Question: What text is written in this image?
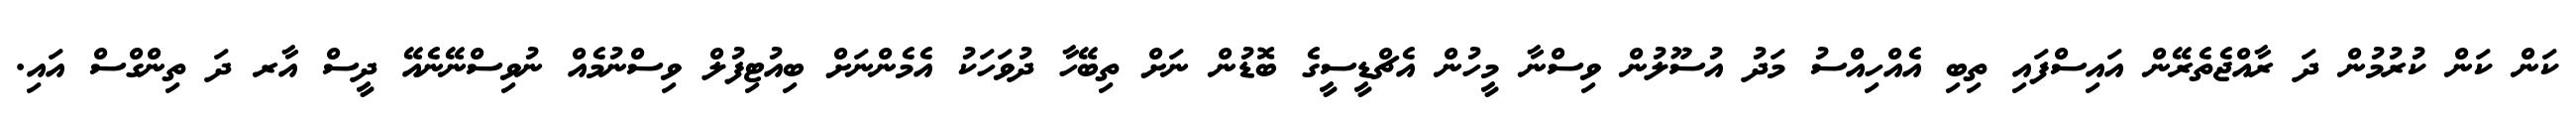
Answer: ކަން ކަން ކުރުމުން ދަ ރާއްޖެތެރޭން އައިސްފައި ތިބި އެއްހިއްސު މަދު އުސޫލުން ވިސްނާ މީހުން އެޗްޑީސީގެ ބޮޑުން ނަށް ތިބޭހާ ދުވަހަކު އެމެންނަށް ބިއުޓިފުލް ވިސްނުމެއް ނުވިސްނޭނެއޭ ދީސް އާރ ދަ ތިންގްސް އައި.